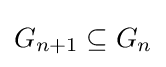
G_{n+1}\subseteq G_{n}